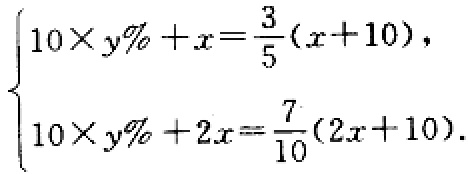
\[
\begin{cases}
10\times y\%+x = \frac{3}{5}(x + 10),\\
10\times y\%+2x = \frac{7}{10}(2x + 10).
\end{cases}
\]